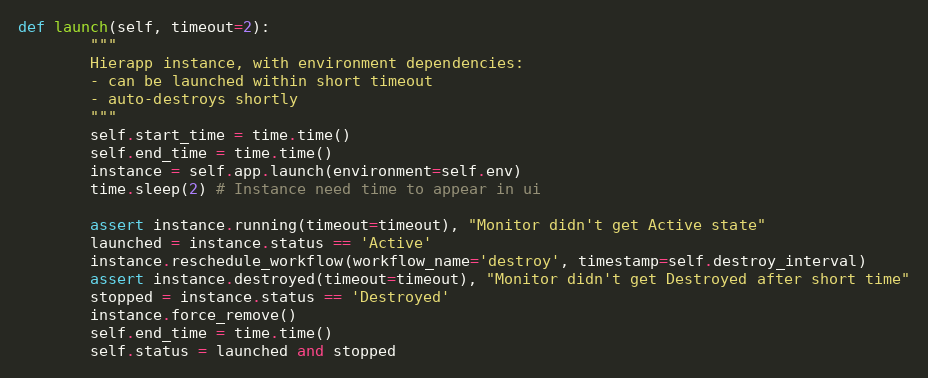
Language: Python
def launch(self, timeout=2):
        """
        Hierapp instance, with environment dependencies:
        - can be launched within short timeout
        - auto-destroys shortly
        """
        self.start_time = time.time()
        self.end_time = time.time()
        instance = self.app.launch(environment=self.env)
        time.sleep(2) # Instance need time to appear in ui

        assert instance.running(timeout=timeout), "Monitor didn't get Active state"
        launched = instance.status == 'Active'
        instance.reschedule_workflow(workflow_name='destroy', timestamp=self.destroy_interval)
        assert instance.destroyed(timeout=timeout), "Monitor didn't get Destroyed after short time"
        stopped = instance.status == 'Destroyed'
        instance.force_remove()
        self.end_time = time.time()
        self.status = launched and stopped